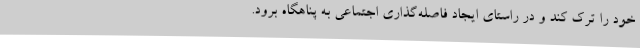
خود را ترک کند و در راستای ایجاد فاصله‌گذاری اجتماعی به پناهگاه برود.